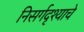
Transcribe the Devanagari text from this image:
निसर्गदृश्याचे